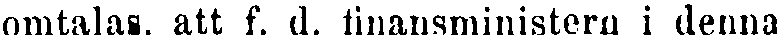
omtalas, att f. d. finansministern i denna